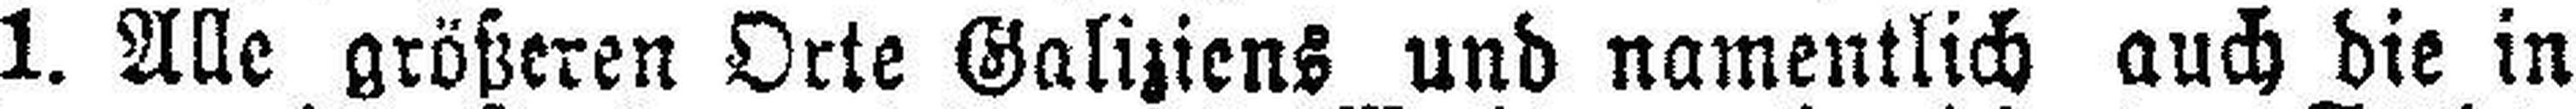
1. Alle größeren Orte Galiziens und namentlich auch die in